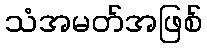
သံအမတ်အဖြစ်